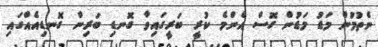
ނެތުމުން މަޑު މަޑުން ގޮސް އެންމެ ކުރީ ބަރީގައިވާ ގޮނޑި ބަރިން ގޮނޑިއެއްގައި